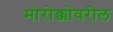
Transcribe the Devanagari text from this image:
मोरोक्कोवरील